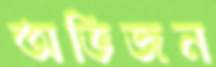
অভিজন